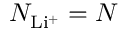
N _ { \mathrm { L i ^ { + } } } = N